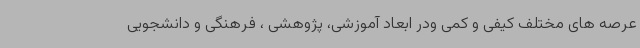
عرصه های مختلف کیفی و کمی ودر ابعاد آموزشی، پژوهشی ، فرهنگی و دانشجویی